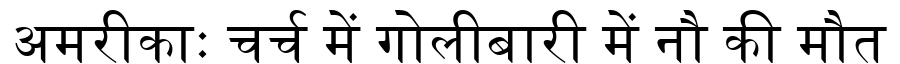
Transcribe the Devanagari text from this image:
अमरीकाः चर्च में गोलीबारी में नौ की मौत